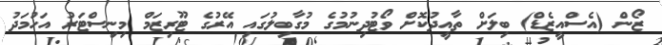
ޒޯން (އެސްއީޒެޑް) ބިލަށް ތާއީދުކޮށް ވޯޓުދިނުމުގެ މުގާބިލުގައި އޭރުގެ ޓޫރިޒަމް މިނިސްޓަރު އަހުމަދު